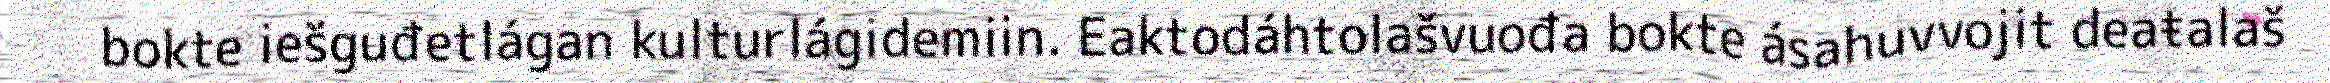
bokte iešguđetlágan kulturlágidemiin. Eaktodáhtolašvuođa bokte ásahuvvojit deaŧalaš